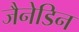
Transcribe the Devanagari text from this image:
जैनेडिन